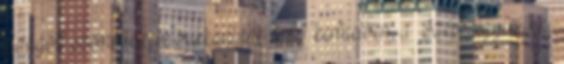
eldugott szeméttelepre bukkantunk a II. kerületben, a Szépvölgyi útnál